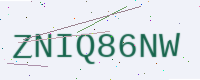
Text: ZNIQ86NW